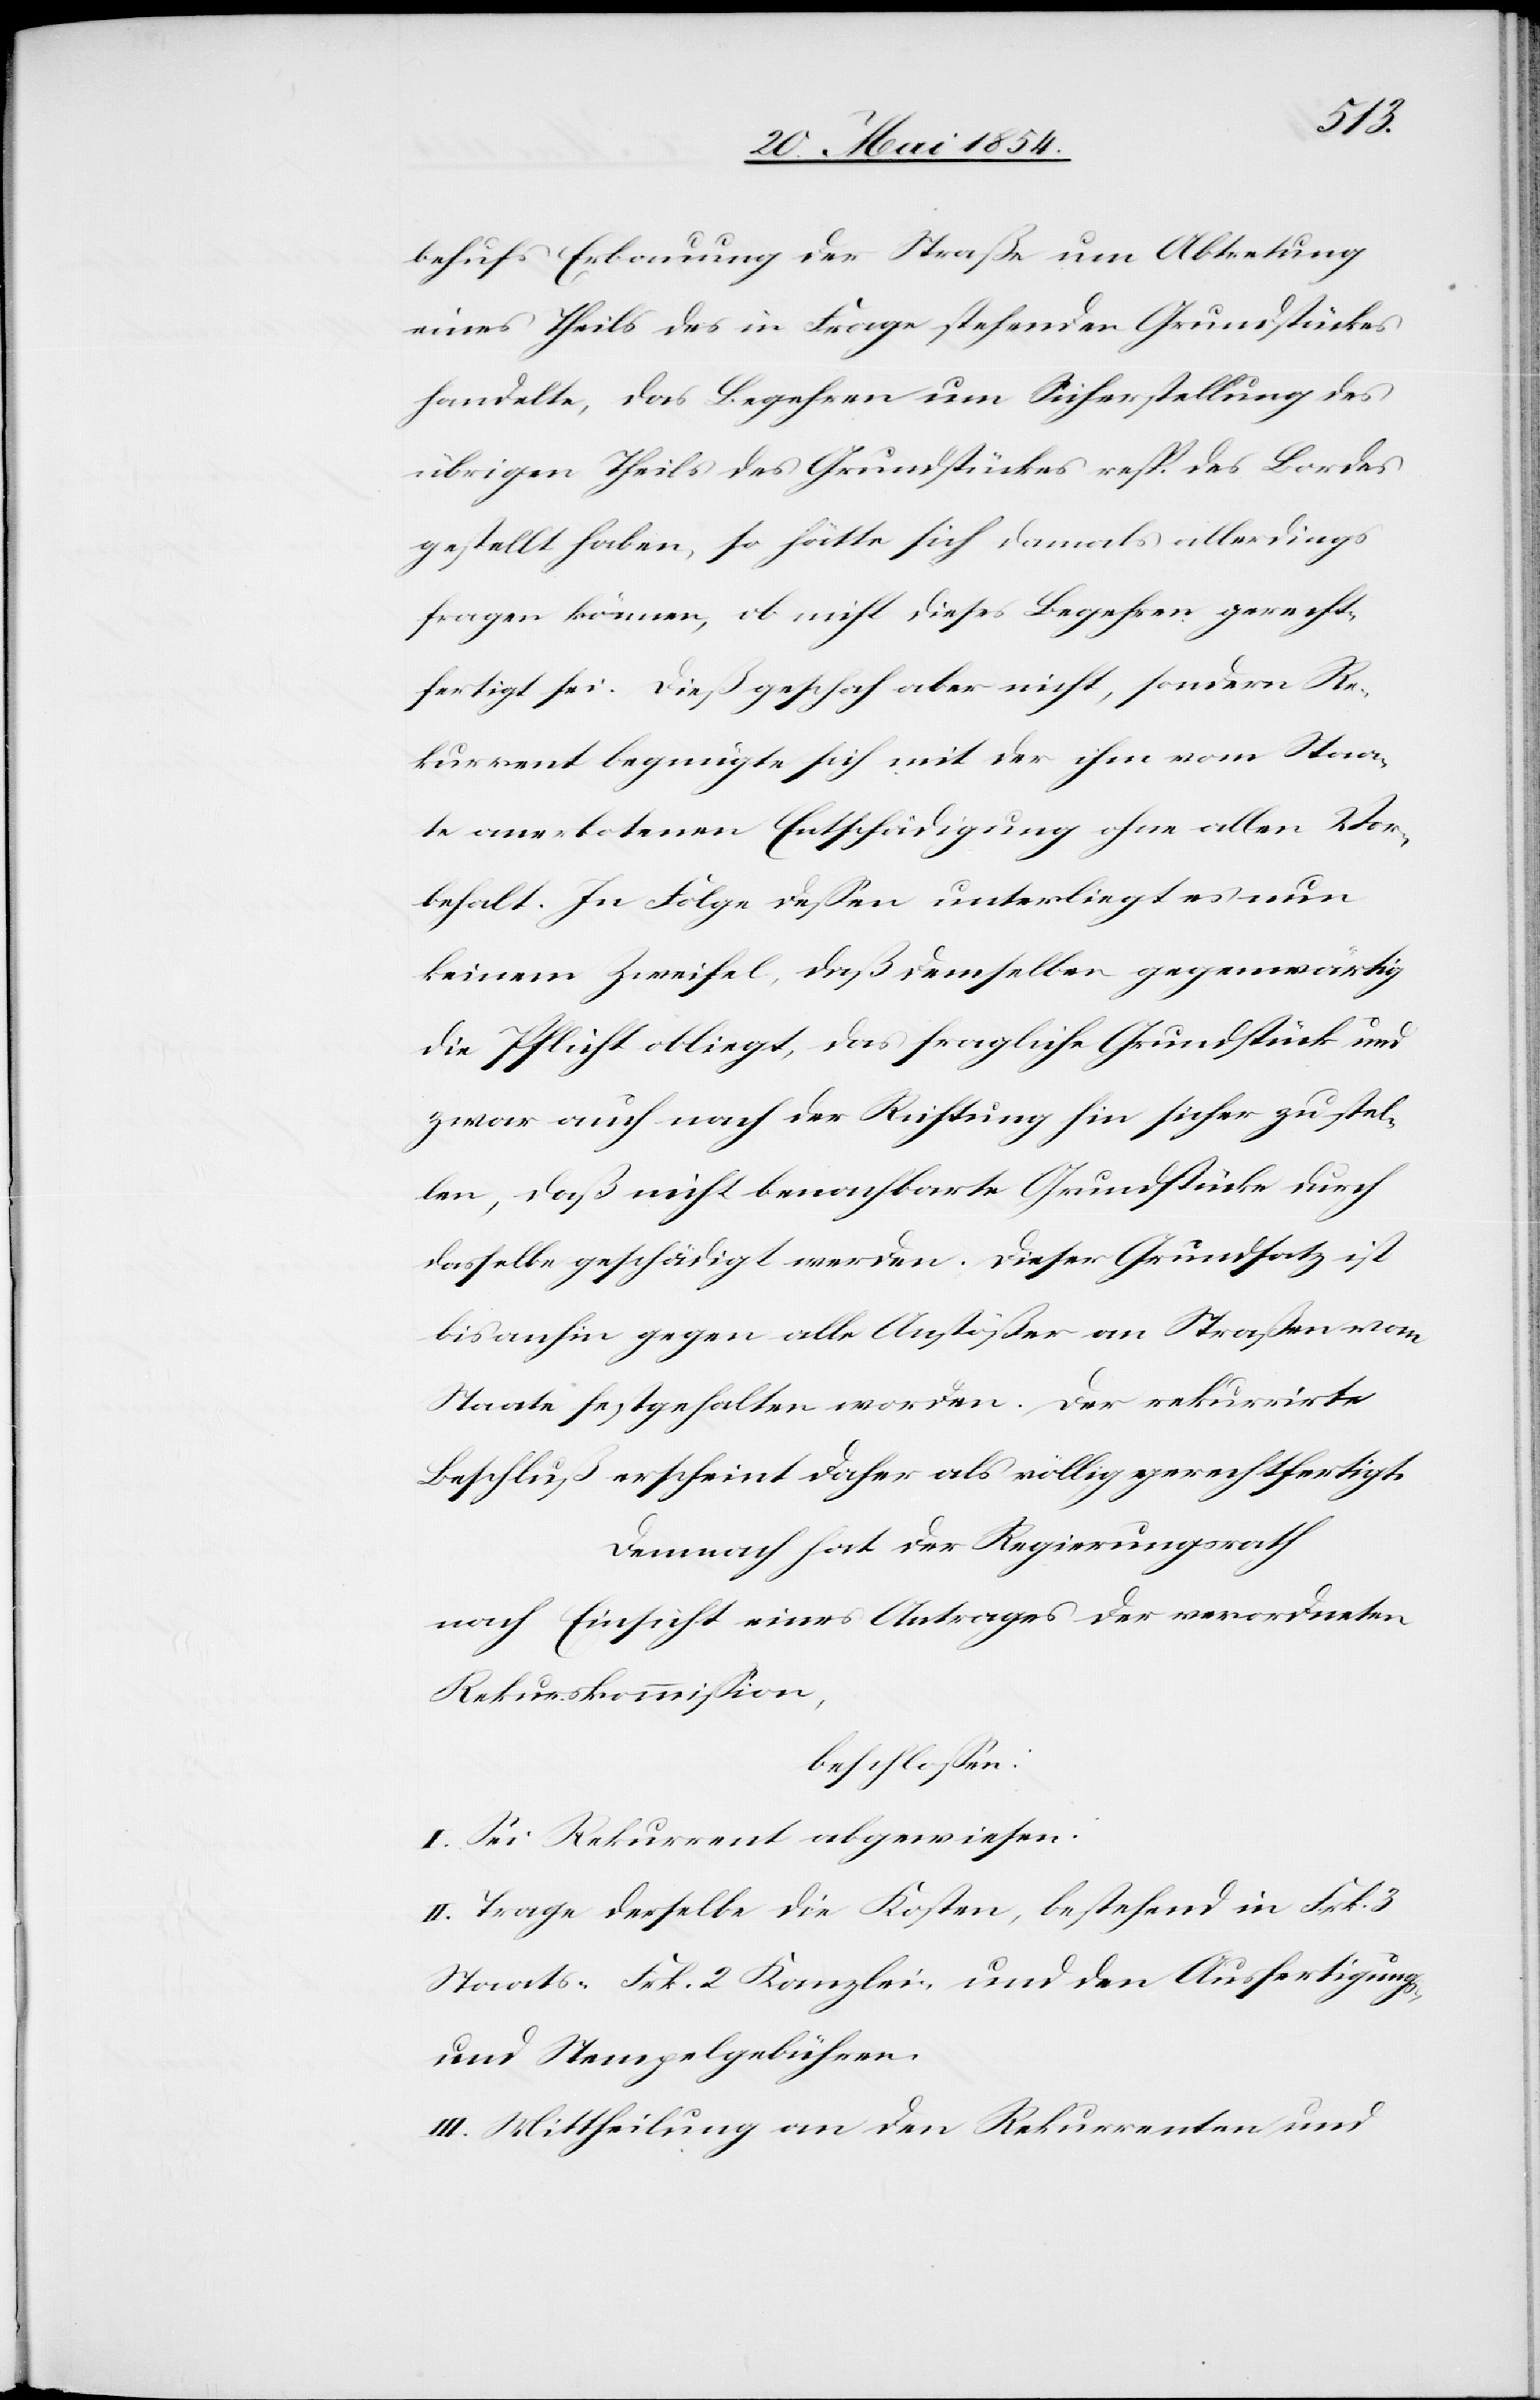
behufs Erbauung der Straße um Abtretung
eines Theils des in Frage stehenden Grundstückes
handelte, das Begehren um Sicherstellung des
übrigen Theils des Grundstückes resp. des Bordes
gestellt haben, so hätte sich damals allerdings
fragen können, ob nicht dieses Begehren gerecht¬
fertigt sei. Dieß geschah aber nicht, sondern Re¬
kurrent begnügte sich mit der ihm vom Staa¬
te anerbotenen Entschädigung ohne allen Vor¬
behalt. In Folge deßen unterliegt es nun
keinem Zweifel, daß demselben gegenwärtig
die Pflicht obliegt, das fragliche Grundstück und
zwar auch nach der Richtung hin sicher zu stel¬
len, daß nicht benachbarte Grundstücke durch
dasselbe geschädigt werden. Dieser Grundsatz ist
bis anhin gegen alle Anstößer an Straßen vom
Staate festgehalten worden. Der rekurrirte
Beschluß erscheint daher als völlig gerechtfertigt.
Demnach hat der Regierungsrath
nach Einsicht eines Antrages der verordneten
Rekurskommißion,
beschloßen:
I. Sei Rekurrent abgewiesen.
II. Trage derselben die Kosten, bestehend in Frk. 3
Staats-[,] Frk. 2 Kanzlei- und den Ausfertigungs-
und Stempelgebühren.
III. Mittheilung an den Rekurrenten und